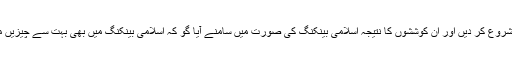
اس لئے مسلمان علماء اکرام نے اس قسم کی بینکنگ کا متبادل تلاش کرنے کے لئے سر توڑ کوششیں شروع کر دیں اور ان کوششوں کا نتیجہ اسلامی بینکنگ کی صورت میں سامنے آیا گو کہ اسلامی بینکنگ میں بھی بہت سے چیزیں متنازع ہیں جن کا زکر میں نے اپنی بحث اسلامی بینکنگ اور سودی بینکاری میں تفصیل سے کیا ہے۔